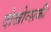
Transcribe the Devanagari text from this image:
दोस्त्रोव्सकी